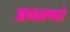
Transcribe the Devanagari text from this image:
आवळणारे